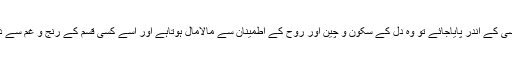
یہ وصف اگر کسی کے اندر پایاجائے تو وہ دل کے سکون و چین اور روح کے اطمینان سے مالامال ہوتاہے اور اسے کسی قسم کے رنج و غم سے دوچار نہیں پڑتا۔